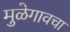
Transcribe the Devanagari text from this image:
मुळेगावचा